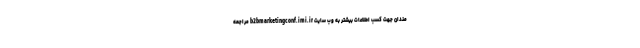
مندان جهت کسب اطلاعات بیشتر به وب سایت b2bmarketingconf.imi.ir مراجعه